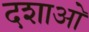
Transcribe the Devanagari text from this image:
दशाओ